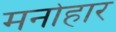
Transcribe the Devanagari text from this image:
मनोहार